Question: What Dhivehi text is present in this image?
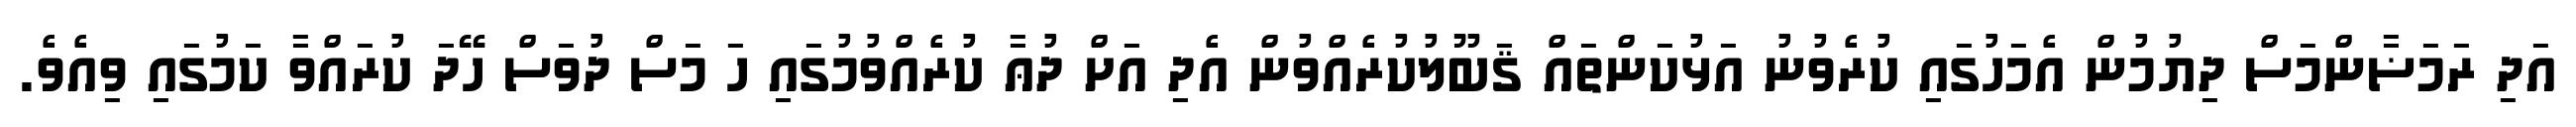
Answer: އަދި ރަމަޟާންމަސް ދިޔުމުން އެމަހުގައި ކުރެވުނު އަޅުކަންތައް ޤަބޫލުކުރެއްވުން އެދި އަށް ދުޢާ ކުރެއްވުމުގައި ހަ މަސް ދުވަސް ހޭދަ ކުރައްވާ ކަމުގައި ވިއެވެ.